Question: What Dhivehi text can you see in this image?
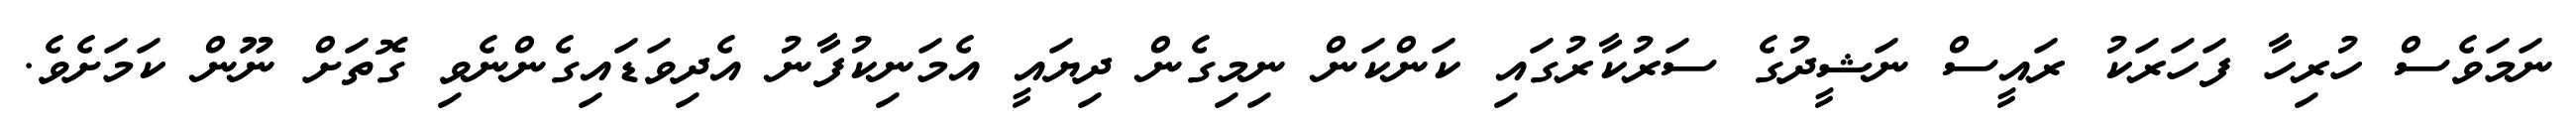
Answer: ނަމަވެސް ހުރިހާ ފަހަރަކު ރައީސް ނަޝީދުގެ ސަރުކާރުގައި ކަންކަން ނިމިގެން ދިޔައީ އެމަނިކުފާނު އެދިވަޑައިގެންނެވި ގޮތަށް ނޫން ކަމަށެވެ.